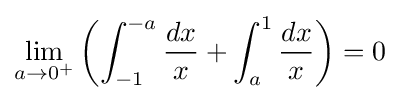
\lim _{a\to 0^{+}}\left(\int _{-1}^{-a}{\frac {dx}{x}}+\int _{a}^{1}{\frac {dx}{x}}\right)=0